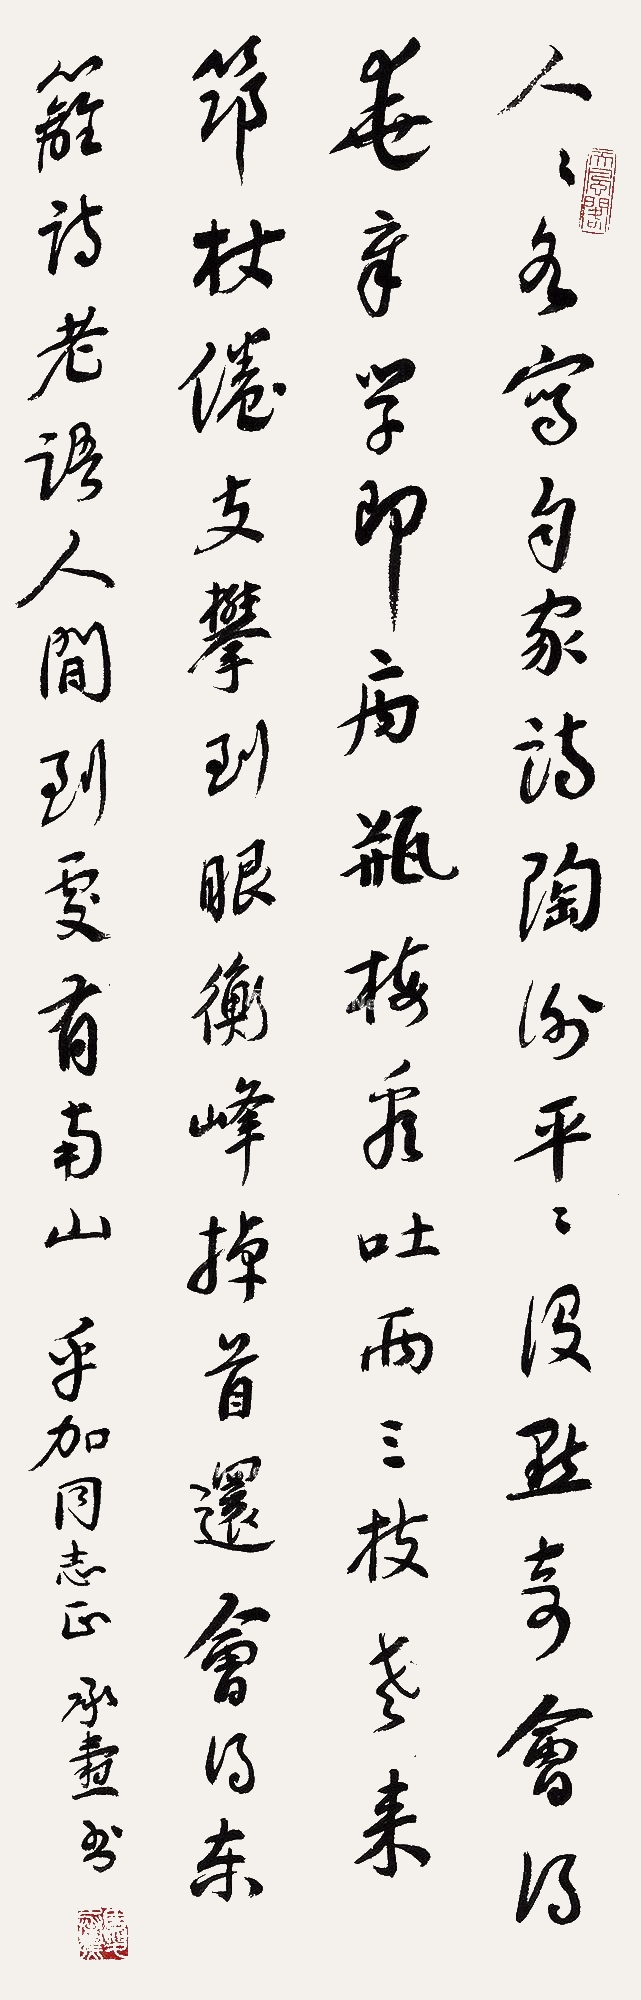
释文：人人各写自家诗，陶谢平平没点奇。会得华章学即病，瓶梅看吐两三枝。老来筇杖倦支攀，到眼衡峰掉首还。会得东篱诗老语，人间到处有南山。乎加同志正。承焘书。